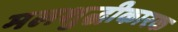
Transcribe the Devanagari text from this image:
मलशुद्धीकारक